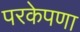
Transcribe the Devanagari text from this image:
परकेपणा